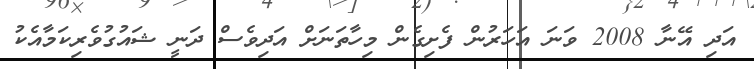
އަދި އޭނާ 2008 ވަނަ އަހަރުން ފެށިގެން މިހާތަނަށް އަދިވެސް ދަނީ ޝައުގުވެރިކަމާއެކު